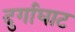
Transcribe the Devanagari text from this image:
दुर्गाघाट